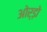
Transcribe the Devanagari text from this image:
ओर्ड़ो